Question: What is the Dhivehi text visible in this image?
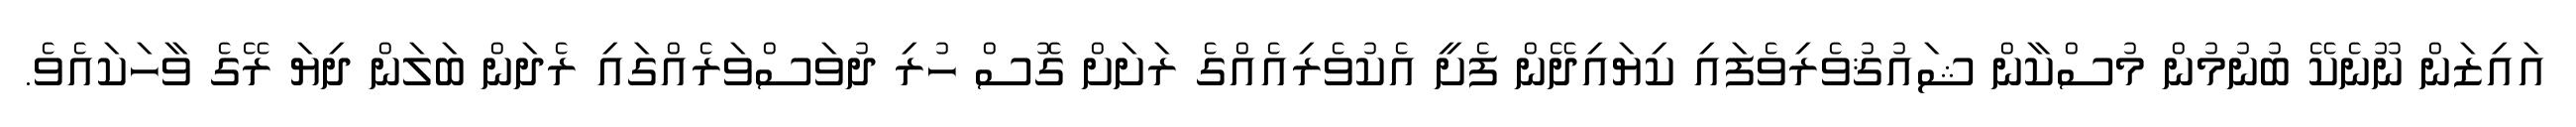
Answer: އައިޒަން ނޫނެކޭ ބުނުމުން މުސްކާން ޝައުޤުވެރިވެފައި ކިޔައިދޭން ފެށީ އެކުވެރިއެއްގެ ރަށަށް ގޮސް ހުރި ދުވަސްވަރެއްގައި ރެދަން ބަލަން ދިޔަ ރޭގެ ވާހަކައެވެ.